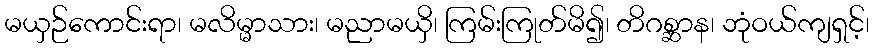
မယှဉ်ကောင်းရာ၊ မလိမ္မာသား၊ မညာမယှိ၊ ကြမ်းကြုတ်မိ၍၊ တိဂစ္ဆာန၊ ဘုံဝယ်ကျရှင့်၊